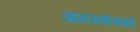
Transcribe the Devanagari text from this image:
आमसभेमध्ये